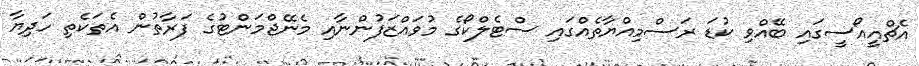
އެޗްއީއޯސީގައި ބޭއްވި ކުޑަ ރަސްމިއްޔާތެއްގައި ސްޓެލްކޯގެ މުވައްޒަފުންނާއި މެނޭޖްމަންޓުގެ ފަރާތުން އެތަކެތި ހަދިޔާ